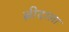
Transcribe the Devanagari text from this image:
ब्रीदाला